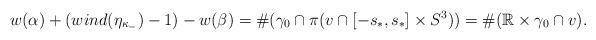
LaTeX: \begin{align*} w(\alpha)+(wind(\eta_{\kappa_{-}})-1)-w(\beta)=\#(\gamma_{0}\cap{ \pi(v\cap{[-s_{*},s_{*}]\times S^{3}})})=\#(\mathbb{R}\times \gamma_{0}\cap v). \end{align*}